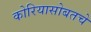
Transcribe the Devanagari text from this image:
कोरियासोबतचे